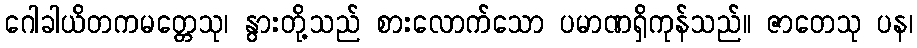
ဂေါခါယိတကမတ္တေသု၊ နွားတို့သည် စားလောက်သော ပမာဏရှိကုန်သည်။ ဇာတေသု ပန၊